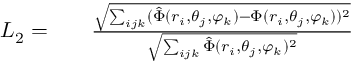
\begin{array} { r l r } { L _ { 2 } = } & { { } } & { \frac { \sqrt { \sum _ { i j k } ( \hat { \Phi } ( r _ { i } , \theta _ { j } , \varphi _ { k } ) - { \Phi } ( r _ { i } , \theta _ { j } , \varphi _ { k } ) ) ^ { 2 } } } { \sqrt { \sum _ { i j k } \hat { \Phi } ( r _ { i } , \theta _ { j } , \varphi _ { k } ) ^ { 2 } } } } \end{array}